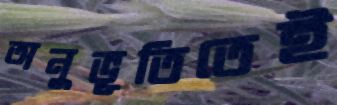
অনুভূতিতেই